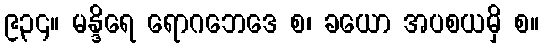
၉၃၄။ မန္ဒိရေ ရောဂဘေဒေ စ၊ ခယော အပစယမှိ စ။